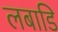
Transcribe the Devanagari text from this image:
लबाडि